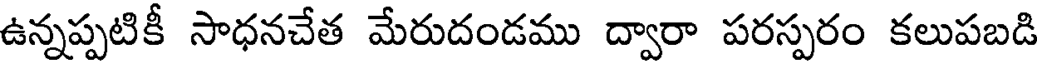
ఉన్నప్పటికీ సాధనచేత మేరుదండము ద్వారా పరస్పరం కలుపబడి